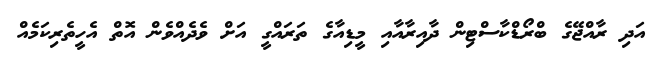
އަދި ރާއްޖޭގެ ބްރޯޑްކާސްޓިން ދާއިރާއާއި މީޑިއާގެ ތަރައްގީ އަށް ވެދެއްވެން އޮތް އެހީތެރިކަމެއް